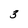
Character: 3